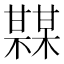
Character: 𤯏